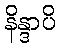
နိန္ဒာပိ